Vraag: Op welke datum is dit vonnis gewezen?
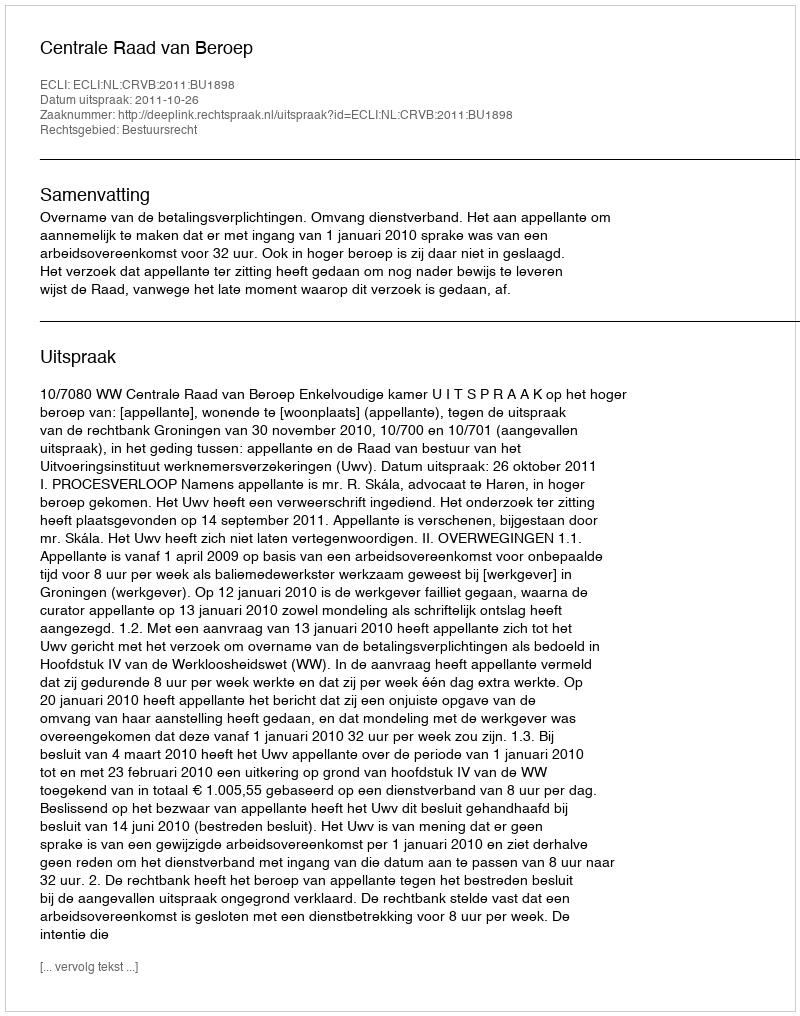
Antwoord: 2011-10-26